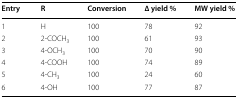
| Entry | R | Conversion | ∆ yield % | MW yield % |
 | --- | --- | --- | --- | --- |
 | 1 | H | 100 | 78 | 92 |
 | 2 | 2-COCH3 | 100 | 61 | 93 |
 | 3 | 4-OCH3 | 100 | 70 | 90 |
 | 4 | 4-COOH | 100 | 74 | 89 |
 | 5 | 4-CH3 | 100 | 24 | 60 |
 | 6 | 4-OH | 100 | 77 | 87 |